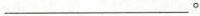
___。